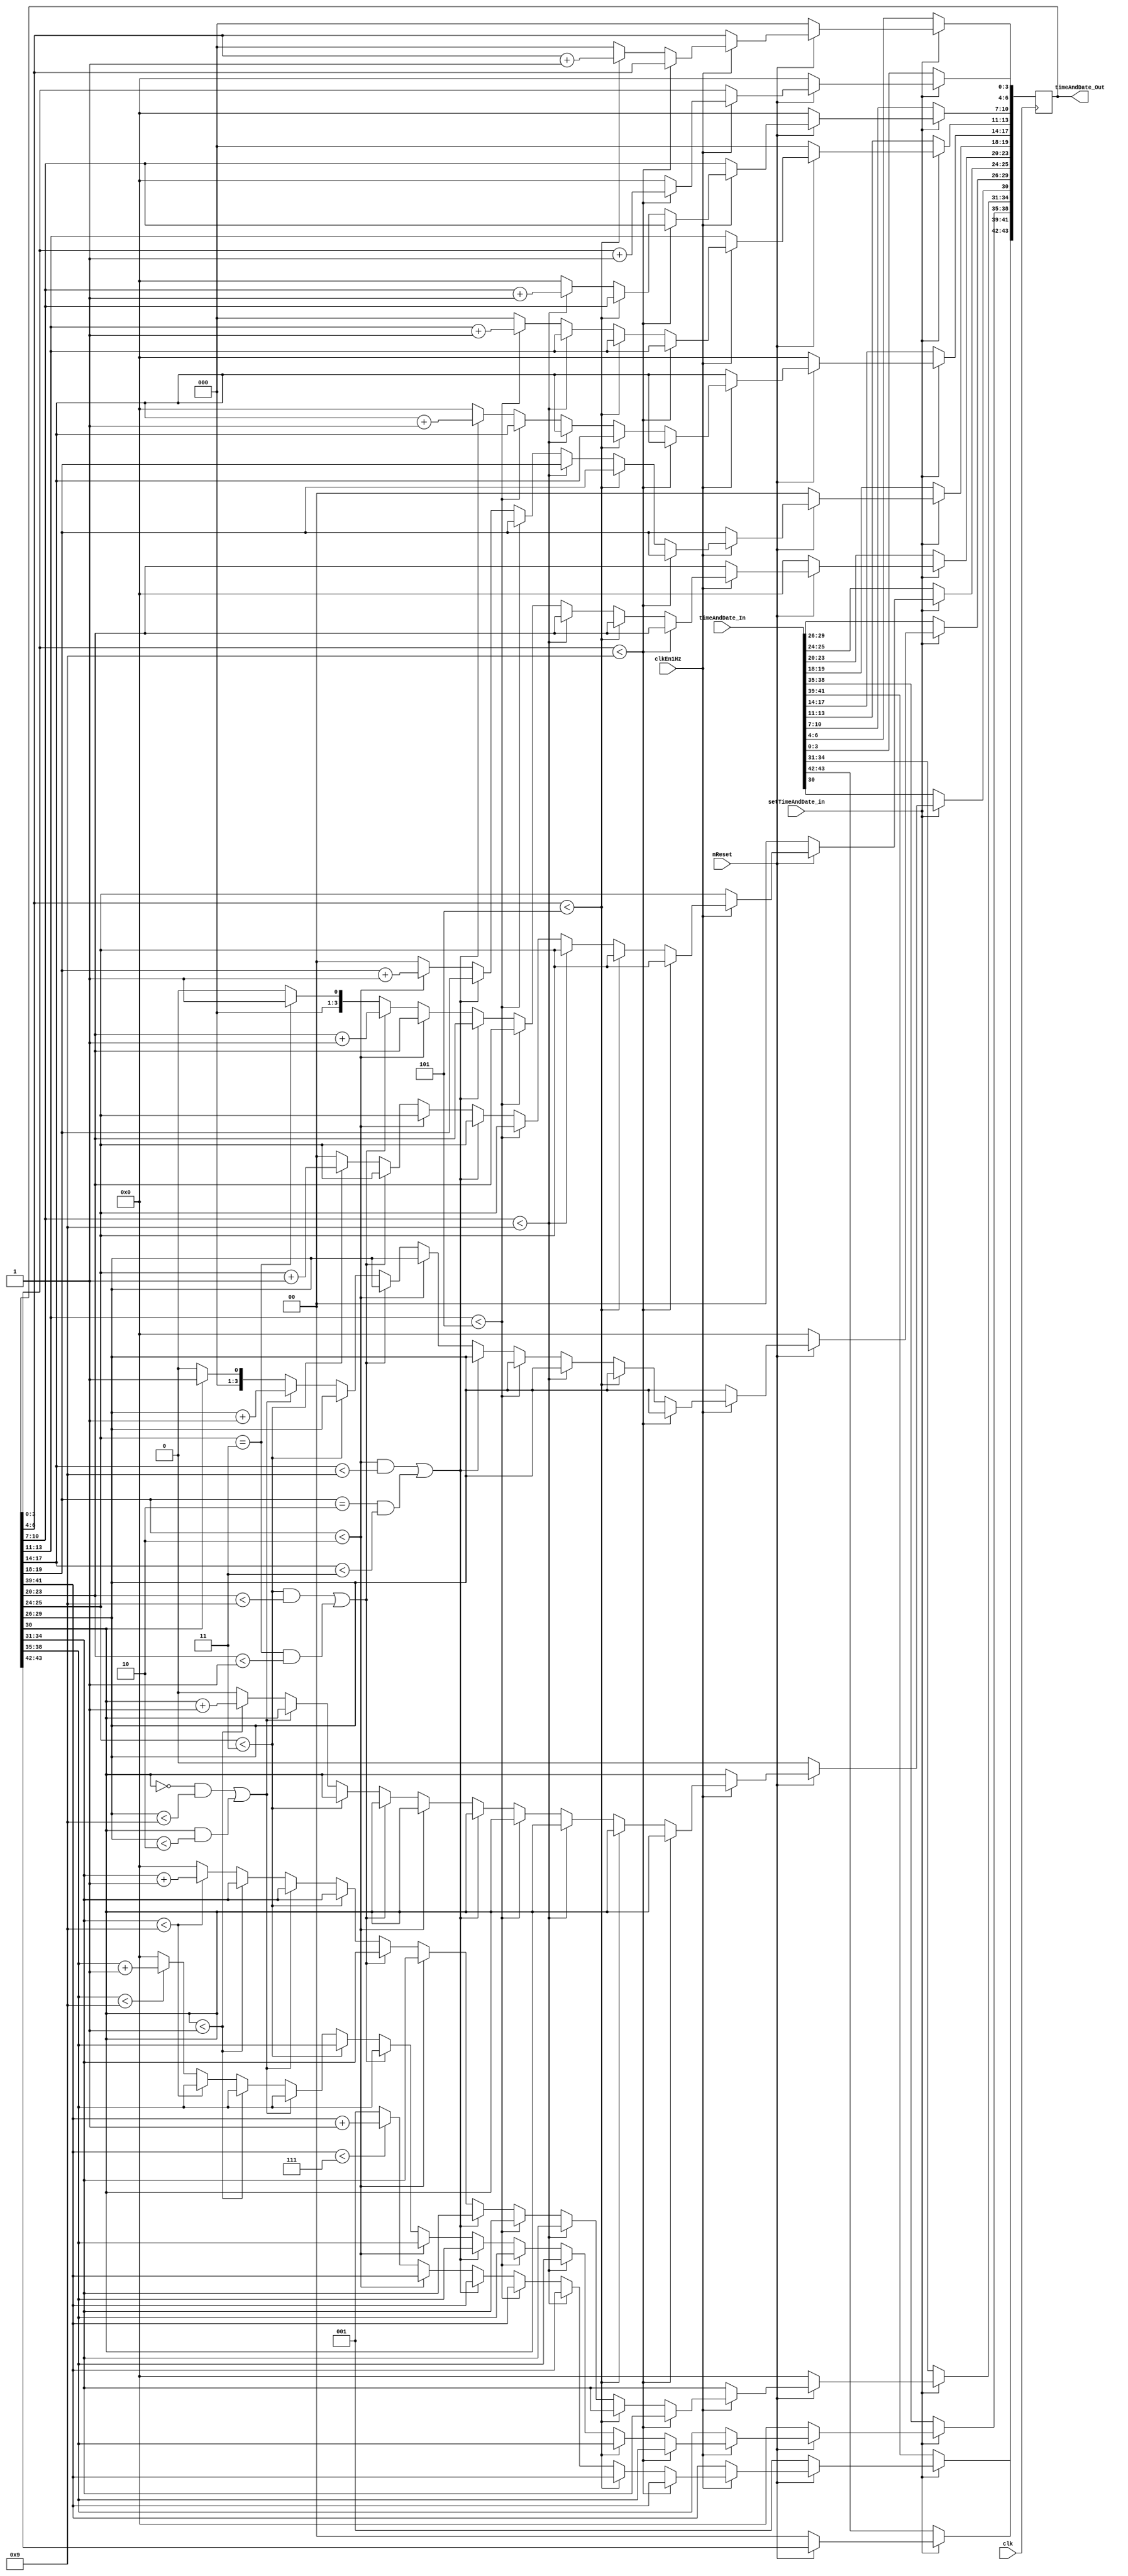
// ------------------------------------------------------------------------- --
// Title         : Clockwork
// Project       : Praktikum FPGA-Entwurfstechnik
// ------------------------------------------------------------------------- --
// Company       : IDS RWTH Aachen 
// ------------------------------------------------------------------------- --
// Description   : Clockwork for a DCF77 radio-controlled clock
// ------------------------------------------------------------------------- --
// Revisions     :
// Date        Version  Author  Description
// 2018/08/16  1.0      SH      Created
// 2018/09/20  1.1      TS      Clean up, comments
// ------------------------------------------------------------------------- --

module timeAndDateClock(input clk,                // global 10Mhz clock
                        input clkEn1Hz,           // 1Hz clock
                        input nReset,             // asynchronous reset (active low)  
                        input setTimeAndDate_in,  
                        input[43:0] timeAndDate_In,     
                        output reg[43:0] timeAndDate_Out
								);   

// ---------- YOUR CODE HERE ---------- 

initial
begin
timeAndDate_Out <= 44'b00001000000000000000000000000000000000000000;

end

always@ (posedge clk ) begin
	if (!setTimeAndDate_in) timeAndDate_Out <= timeAndDate_In;
  else if (!nReset) timeAndDate_Out <= 44'b00001000000000000000000000000000000000000000;
  else if(clkEn1Hz) begin 
		if (timeAndDate_Out[3:0] < 9) timeAndDate_Out[3:0] <= timeAndDate_Out[3:0]+1;
        else begin //time
             timeAndDate_Out[3:0] <= 0;
             if (timeAndDate_Out[6:4] < 5) timeAndDate_Out[6:4] <= timeAndDate_Out[6:4]+1;
             else begin
               timeAndDate_Out[6:4] <= 0;
               
               if (timeAndDate_Out[10:7] < 9) timeAndDate_Out[10:7] <= timeAndDate_Out[10:7]+1;
               else begin
                 timeAndDate_Out[10:7] <= 0;
                 if (timeAndDate_Out[13:11] < 5) timeAndDate_Out[13:11] <= timeAndDate_Out[13:11]+4'b1;
                 else begin
                   timeAndDate_Out[13:11] <= 0;
                   
                   if (timeAndDate_Out[19:18] < 2 && timeAndDate_Out[17:14] < 9 || timeAndDate_Out[19:18] == 2 && timeAndDate_Out[17:14] < 3) timeAndDate_Out[17:14] <= timeAndDate_Out[17:14]+1;
                   else begin
                     timeAndDate_Out[17:14] <= 0;
                     if (timeAndDate_Out[19:18] < 2) timeAndDate_Out[19:18] <= timeAndDate_Out[19:18]+1;
                     else begin
                       timeAndDate_Out[19:18] <= 0;
             //date
             if (timeAndDate_Out[41:39] < 7) timeAndDate_Out[41:39] <= timeAndDate_Out[41:39]+1;
             else timeAndDate_Out[41:39] <= 3'b001;
				 
             if (timeAndDate_Out[25:24] < 3 && timeAndDate_Out[23:20] < 9 || timeAndDate_Out[25:24] == 3 && timeAndDate_Out[23:20] < 1) timeAndDate_Out[23:20] <= timeAndDate_Out[23:20]+1;
                 else begin
                    if (timeAndDate_Out[25:24] == 3 )timeAndDate_Out[23:20] <= 1;
						  else timeAndDate_Out[23:20] <= 0;
                   if (timeAndDate_Out[25:24] < 3) timeAndDate_Out[25:24] <= timeAndDate_Out[25:24]+1;
                   else begin
                     timeAndDate_Out[25:24] <= 0;
					
                     
                     if (timeAndDate_Out[30] ==0 && timeAndDate_Out[29:26] < 9 || timeAndDate_Out[30] == 1 && timeAndDate_Out[29:26] < 2) timeAndDate_Out[29:26] <= timeAndDate_Out[29:26]+1;
                     else begin begin
                                if(timeAndDate_Out[30] == 1)timeAndDate_Out[29:26] <= 1;
                                else timeAndDate_Out[29:26] <= 0;
                                end
                       if (timeAndDate_Out[30] < 1) timeAndDate_Out[30] <= timeAndDate_Out[30]+1;
                       else begin
                       timeAndDate_Out[30] <= 0;
				
                 
                     if (timeAndDate_Out[34:31] < 9) timeAndDate_Out[34:31] <= timeAndDate_Out[34:31]+1;
                     else begin
                       timeAndDate_Out[34:31] <= 0;
                       if (timeAndDate_Out[38:35] < 9) timeAndDate_Out[38:35] <= timeAndDate_Out[38:35]+1;
                       else begin
                         timeAndDate_Out[38:35] <= 0;
								
                       end
                     end
                   end
                 end
               end
             end   
                       
                     end
                   end
                 end
               end
             end
        end
      end
else timeAndDate_Out <= timeAndDate_Out;
end



endmodule